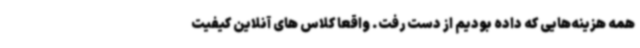
همه هزینه‌هایی که داده بودیم از دست رفت. واقعاً کلاس های آنلاین کیفیت